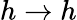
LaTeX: h\rightarrow h